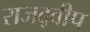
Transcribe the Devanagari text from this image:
राजद्वीप